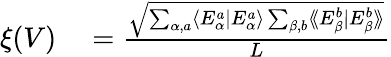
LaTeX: \begin{array}{rl}{\xi(V)}&{{}=\frac{\sqrt{\sum_{\alpha,a}\langle E_{\alpha}^{a}|E_{\alpha}^{a}\rangle\sum_{\beta,b}\langle\! \langle E_{\beta}^{b}|E_{\beta}^{b}\rangle\! \rangle}}{L}}\end{array}